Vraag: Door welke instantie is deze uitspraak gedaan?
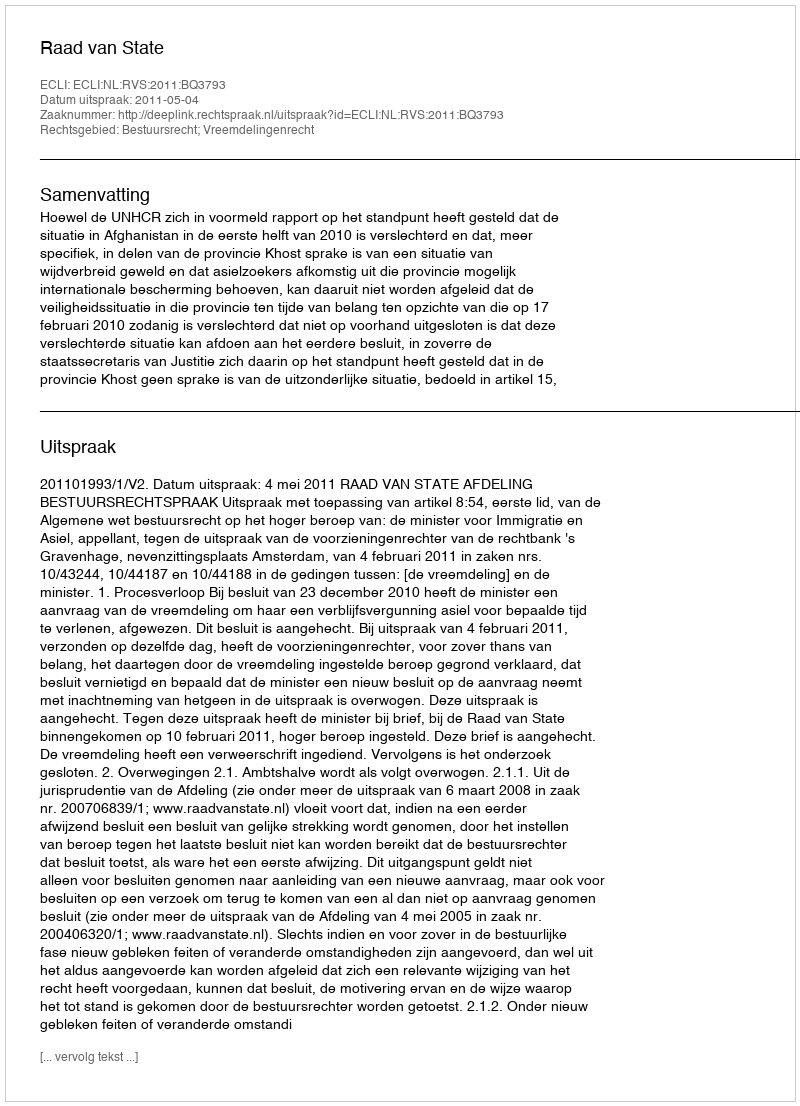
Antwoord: Raad van State